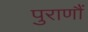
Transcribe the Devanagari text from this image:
पुराणौं